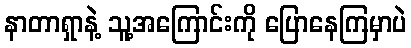
နာတာရှာနဲ့ သူ့အကြောင်းကို ပြောနေကြမှာပဲ